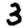
Digit: 3